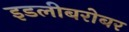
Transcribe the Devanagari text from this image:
इडलीबरोबर